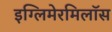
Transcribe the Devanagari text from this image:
इग्लिमेरमिलॉस